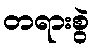
တရားစွဲ